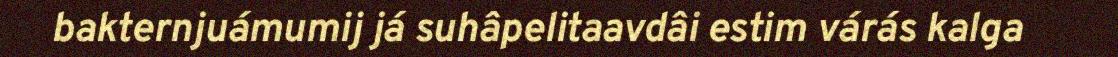
bakternjuámumij já suhâpelitaavdâi estim várás kalga